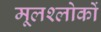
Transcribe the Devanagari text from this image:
मूलश्लोकों